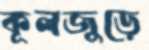
কূলজুড়ে